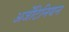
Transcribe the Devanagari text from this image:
अर्जेंटिनियन